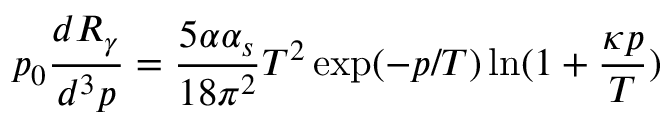
p _ { 0 } \frac { d R _ { \gamma } } { d ^ { 3 } p } = \frac { 5 \alpha \alpha _ { s } } { 1 8 \pi ^ { 2 } } T ^ { 2 } \exp ( - p / T ) \ln ( 1 + \frac { \kappa p } { T } )